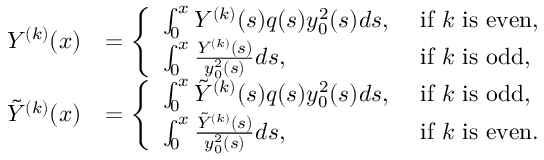
\begin{array} { r l } { Y ^ { ( k ) } ( x ) } & { = \left\{ \begin{array} { l l } { \int _ { 0 } ^ { x } Y ^ { ( k ) } ( s ) q ( s ) y _ { 0 } ^ { 2 } ( s ) d s , } & { \mathrm { ~ i f ~ } k \mathrm { ~ i s ~ e v e n } , } \\ { \int _ { 0 } ^ { x } \frac { Y ^ { ( k ) } ( s ) } { y _ { 0 } ^ { 2 } ( s ) } d s , } & { \mathrm { ~ i f ~ } k \mathrm { ~ i s ~ o d d } , } \end{array} \right. } \\ { \tilde { Y } ^ { ( k ) } ( x ) } & { = \left\{ \begin{array} { l l } { \int _ { 0 } ^ { x } \tilde { Y } ^ { ( k ) } ( s ) q ( s ) y _ { 0 } ^ { 2 } ( s ) d s , } & { \mathrm { ~ i f ~ } k \mathrm { ~ i s ~ o d d } , } \\ { \int _ { 0 } ^ { x } \frac { \tilde { Y } ^ { ( k ) } ( s ) } { y _ { 0 } ^ { 2 } ( s ) } d s , } & { \mathrm { ~ i f ~ } k \mathrm { ~ i s ~ e v e n } . } \end{array} \right. } \end{array}